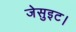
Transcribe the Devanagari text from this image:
जेसुइट।